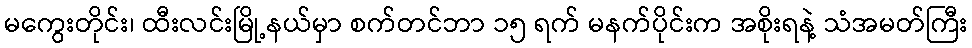
မကွေးတိုင်း၊ ထီးလင်းမြို့နယ်မှာ စက်တင်ဘာ ၁၅ ရက် မနက်ပိုင်းက အစိုးရနဲ့ သံအမတ်ကြီး